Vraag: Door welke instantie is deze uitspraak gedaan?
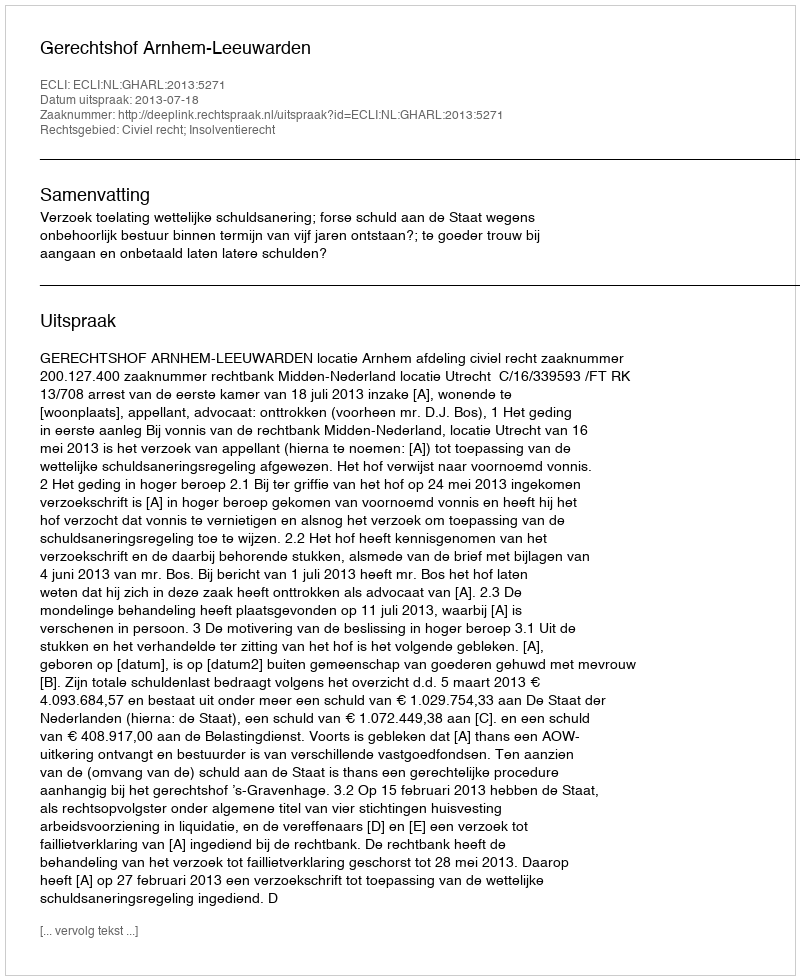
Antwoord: Gerechtshof Arnhem-Leeuwarden